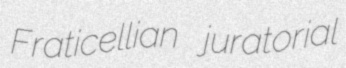
Fraticellian juratorial